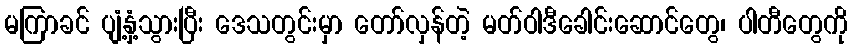
မကြာခင် ပျံ့နှံ့သွားပြီး ဒေသတွင်းမှာ တော်လှန်တဲ့ မတ်ဝါဒီခေါင်းဆောင်တွေ၊ ပါတီတွေကို